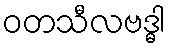
ဝတသီလဗဒ္ဓါ